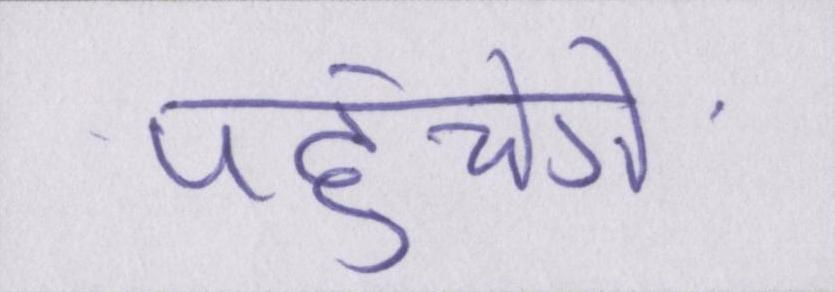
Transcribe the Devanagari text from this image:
पहुंचेंगे।